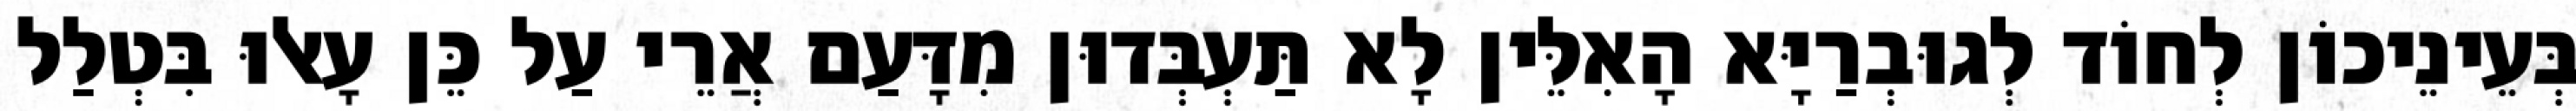
בְּעֵינֵיכוֹן לְחוֹד לְגוּבְרַיָּא הָאִלֵּין לָא תַּעְבְּדוּן מִדָּעַם אֲרֵי עַל כֵּן עָאלוּ בִּטְלַל